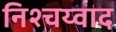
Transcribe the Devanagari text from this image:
निश्चय्वाद